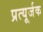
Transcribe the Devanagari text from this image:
प्रत्यूर्जक